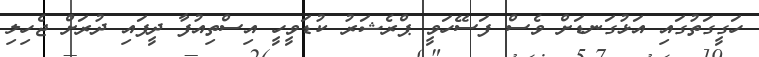
ހަގީގަތުގައި އަޅުގަނޑަށް ވެސް ފަސޭހަވީ ޕްރެޝަރު ކުޑަވީހީ އިސްތިއުފާ ދީފައި ދުރަށް ޖެހިލި